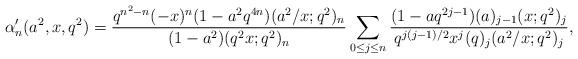
LaTeX: \begin{align*}\alpha_n'(a^2,x,q^2)=\frac{q^{n^2-n}(-x)^n(1-a^2q^{4n})(a^2/x;q^2)_n}{(1-a^2)(q^2x;q^2)_n}\sum_{0\le j\le n}\frac{(1-aq^{2j-1})(a)_{j-1}(x;q^2)_j}{q^{j(j-1)/2}x^j(q)_j(a^2/x;q^2)_j},\end{align*}